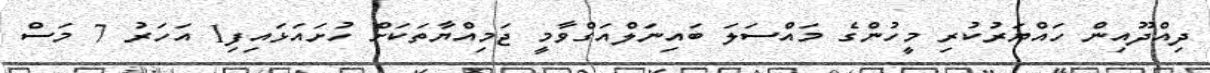
ދިއްދޫއިން ހައްޔަރުކުރި މީހުންގެ މައްސަލަ ބައިނަލްއަގްވާމީ ޖަމިއްޔާތަކަށް ހުށައަޅައިފި1 އަހަރު 7 މަސް